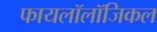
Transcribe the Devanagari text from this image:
फायलॉलॉजिकल